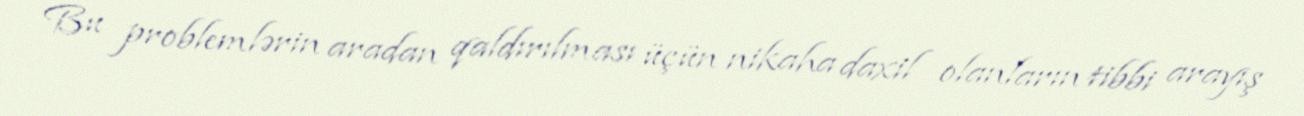
Bu problemlərin aradan qaldırılması üçün nikaha daxil olanların tibbi arayış